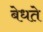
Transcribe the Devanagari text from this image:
बेधते